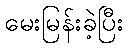
မေးမြန်းခဲ့ပြီး